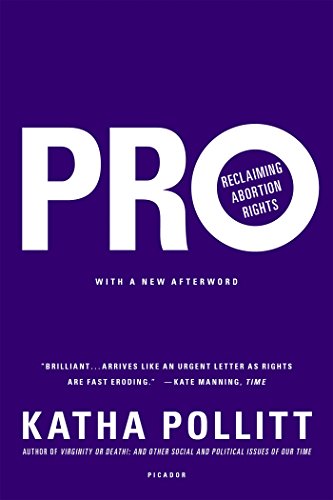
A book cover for Pro: Reclaiming Abortion Rights; Katha Pollitt; Politics & Social Sciences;